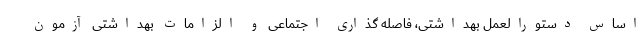
اساس دستورالعمل بهداشتی، فاصله گذاری اجتماعی و الزامات بهداشتی آزمون